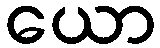
ယော